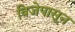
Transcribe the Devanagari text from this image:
विजेपासून